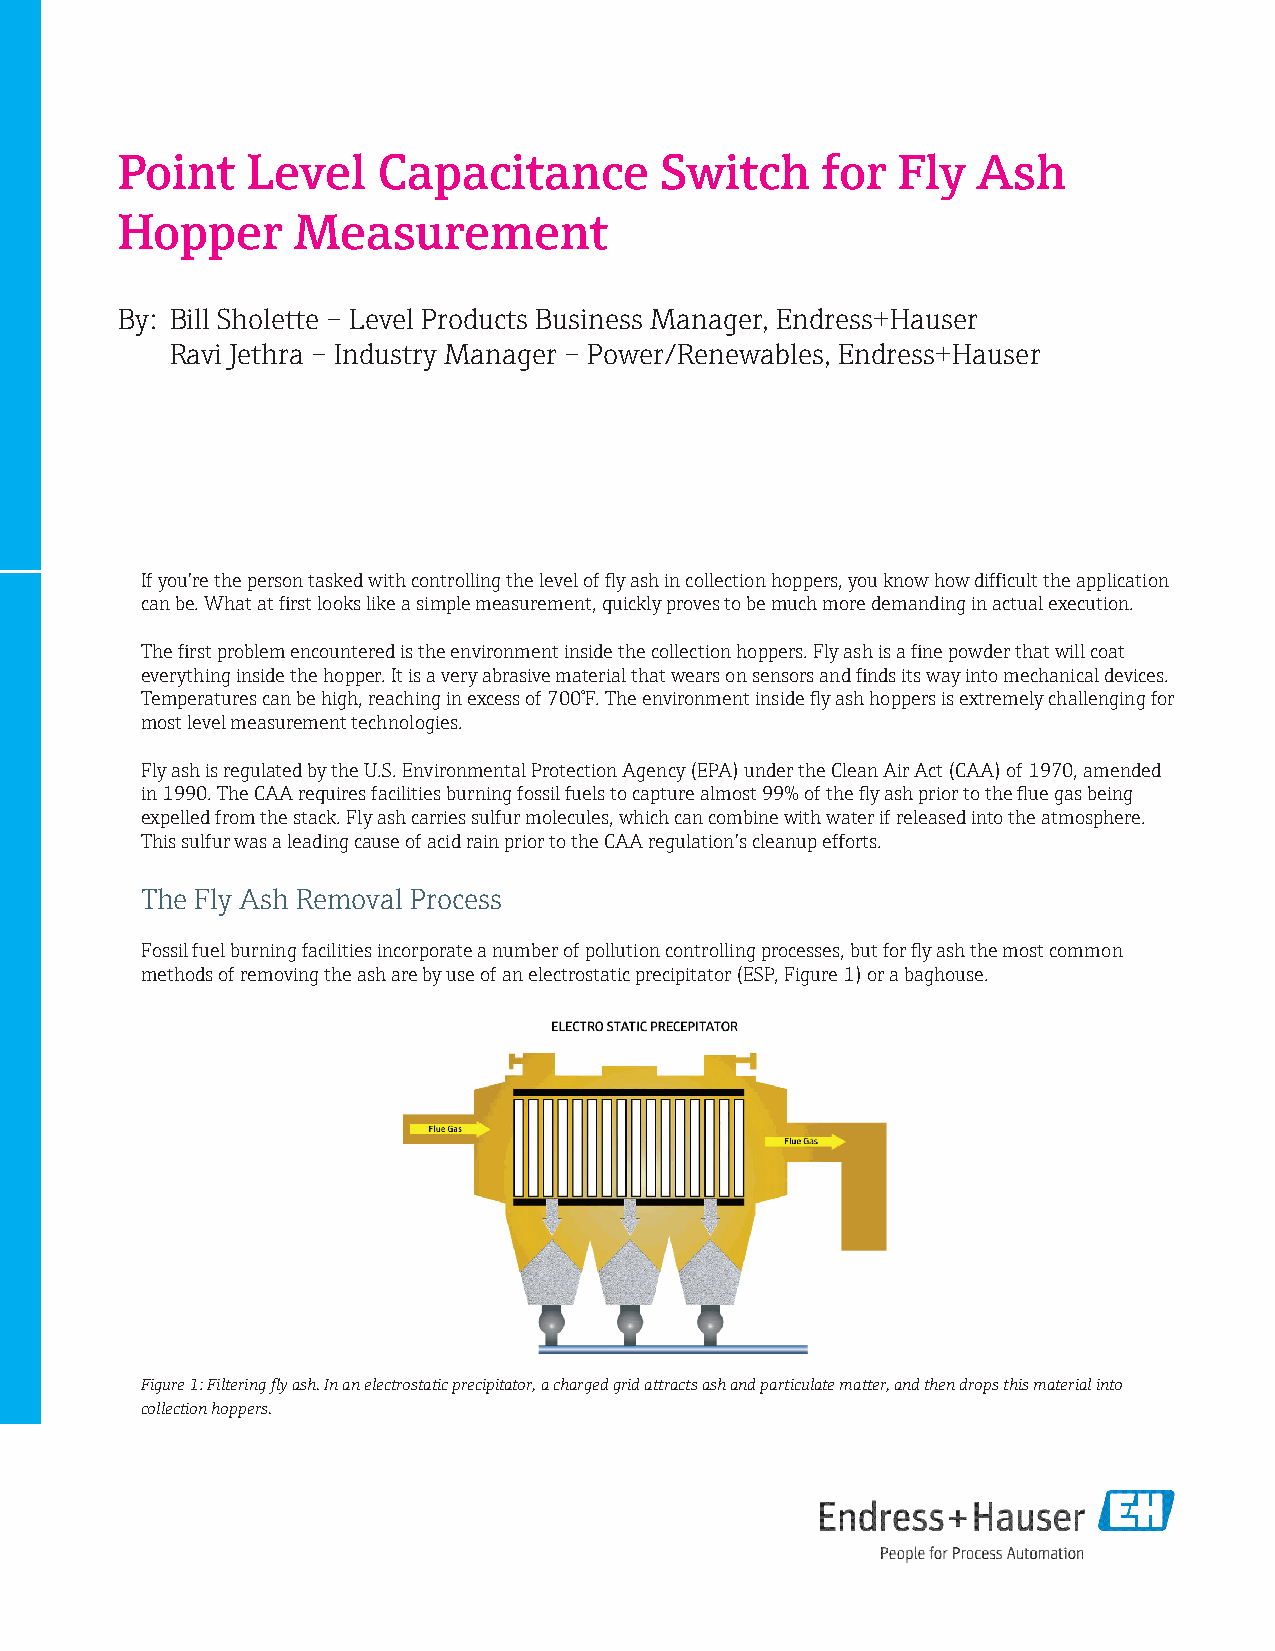
Point   Level    Capacitance        Switch    for  Fly   Ash
 Hopper     Measurement
 By: Bill Sholette – Level Products Business Manager, Endress+Hauser
 Ravi Jethra – Industry Manager – Power/Renewables, Endress+Hauser
 If you’re the person tasked with controlling the level of fly ash in collection hoppers, you know how difficult the application
 can be. What at first looks like a simple measurement, quickly proves to be much more demanding in actual execution.
 The first problem encountered is the environment inside the collection hoppers. Fly ash is a fine powder that will coat
 everything inside the hopper. It is a very abrasive material that wears on sensors and finds its way into mechanical devices.
 Temperatures can be high, reaching in excess of 700°F. The environment inside fly ash hoppers is extremely challenging for
 most level measurement technologies.
 Fly ash is regulated by the U.S. Environmental Protection Agency (EPA) under the Clean Air Act (CAA) of 1970, amended
 in 1990. The CAA requires facilities burning fossil fuels to capture almost 99% of the fly ash prior to the flue gas being
 expelled from the stack. Fly ash carries sulfur molecules, which can combine with water if released into the atmosphere.
 This sulfur was a leading cause of acid rain prior to the CAA regulation’s cleanup efforts.
 The Fly Ash Removal Process
 Fossil fuel burning facilities incorporate a number of pollution controlling processes, but for fly ash the most common
 methods of removing the ash are by use of an electrostatic precipitator (ESP, Figure 1) or a baghouse.
 Figure 1: Filtering fly ash. In an electrostatic precipitator, a charged grid attracts ash and particulate matter, and then drops this material into
 collection hoppers.